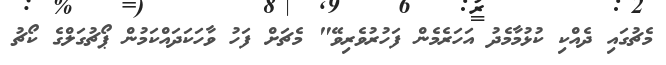
މެޗުގައި ދެއްކި ކުޅުމާމެދު އަހަރެމެން ފަހުރުވެރިވޭ" މެޗަށް ފަހު ވާހަކަދައްކަމުން ޕޯޗުގަލްގެ ކޯޗު